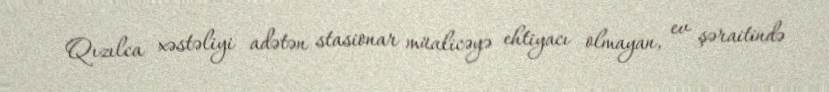
Qızılca xəstəliyi adətən stasionar müalicəyə ehtiyacı olmayan, ev şəraitində